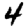
Digit: 4